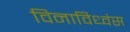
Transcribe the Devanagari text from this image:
विनाविध्वंस